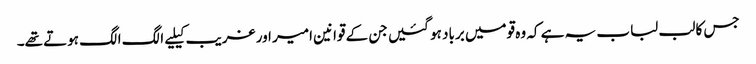
جس کا لب لباب یہ ہے کہ وہ قومیں برباد ہو گئیں جن کے قوانین امیر اور غریب کیلیے الگ الگ ہوتے تھے۔